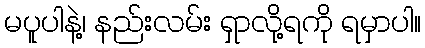
မပူပါနဲ့၊ နည်းလမ်း ရှာလို့ရကို ရမှာပါ။